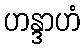
ဟန္ဒာဟံ